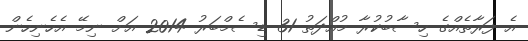
އެ ފަރާތެއްގެ ހިސާބުކުރާ މުއްދަތު 31 ޑިސެމްބަރު 2014 އަށް ނިމޭ އެހެނިހެން